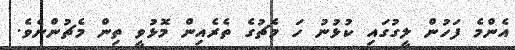
އެންމެ ފަހުން ލީގުގައި ކުޅުނު ހަ މެޗުގެ ތެރެއިން މޮޅުވީ ތިން މެޗުންނެވެ.